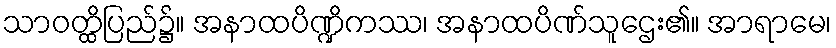
သာဝတ္ထိပြည်၌။ အနာထပိဏ္ဍိကဿ၊ အနာထပိဏ်သူဌေး၏။ အာရာမေ၊